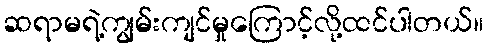
ဆရာမရဲ့ကျွမ်းကျင်မှုကြောင့်လို့ထင်ပါတယ်။